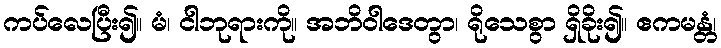
ကပ်လေပြီး၍။ မံ၊ ငါဘုရားကို။ အဘိဝါဒေတွာ၊ ရိုသေစွာ ရှိခိုး၍။ ဧကမန္တံ၊